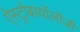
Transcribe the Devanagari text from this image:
ऐस्ट्रोबायॉलॉजी